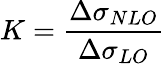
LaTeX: K=\frac{\Delta\sigma_{NLO}}{\Delta\sigma_{LO}}